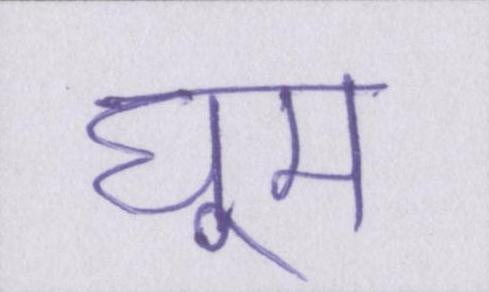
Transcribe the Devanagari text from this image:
घूम